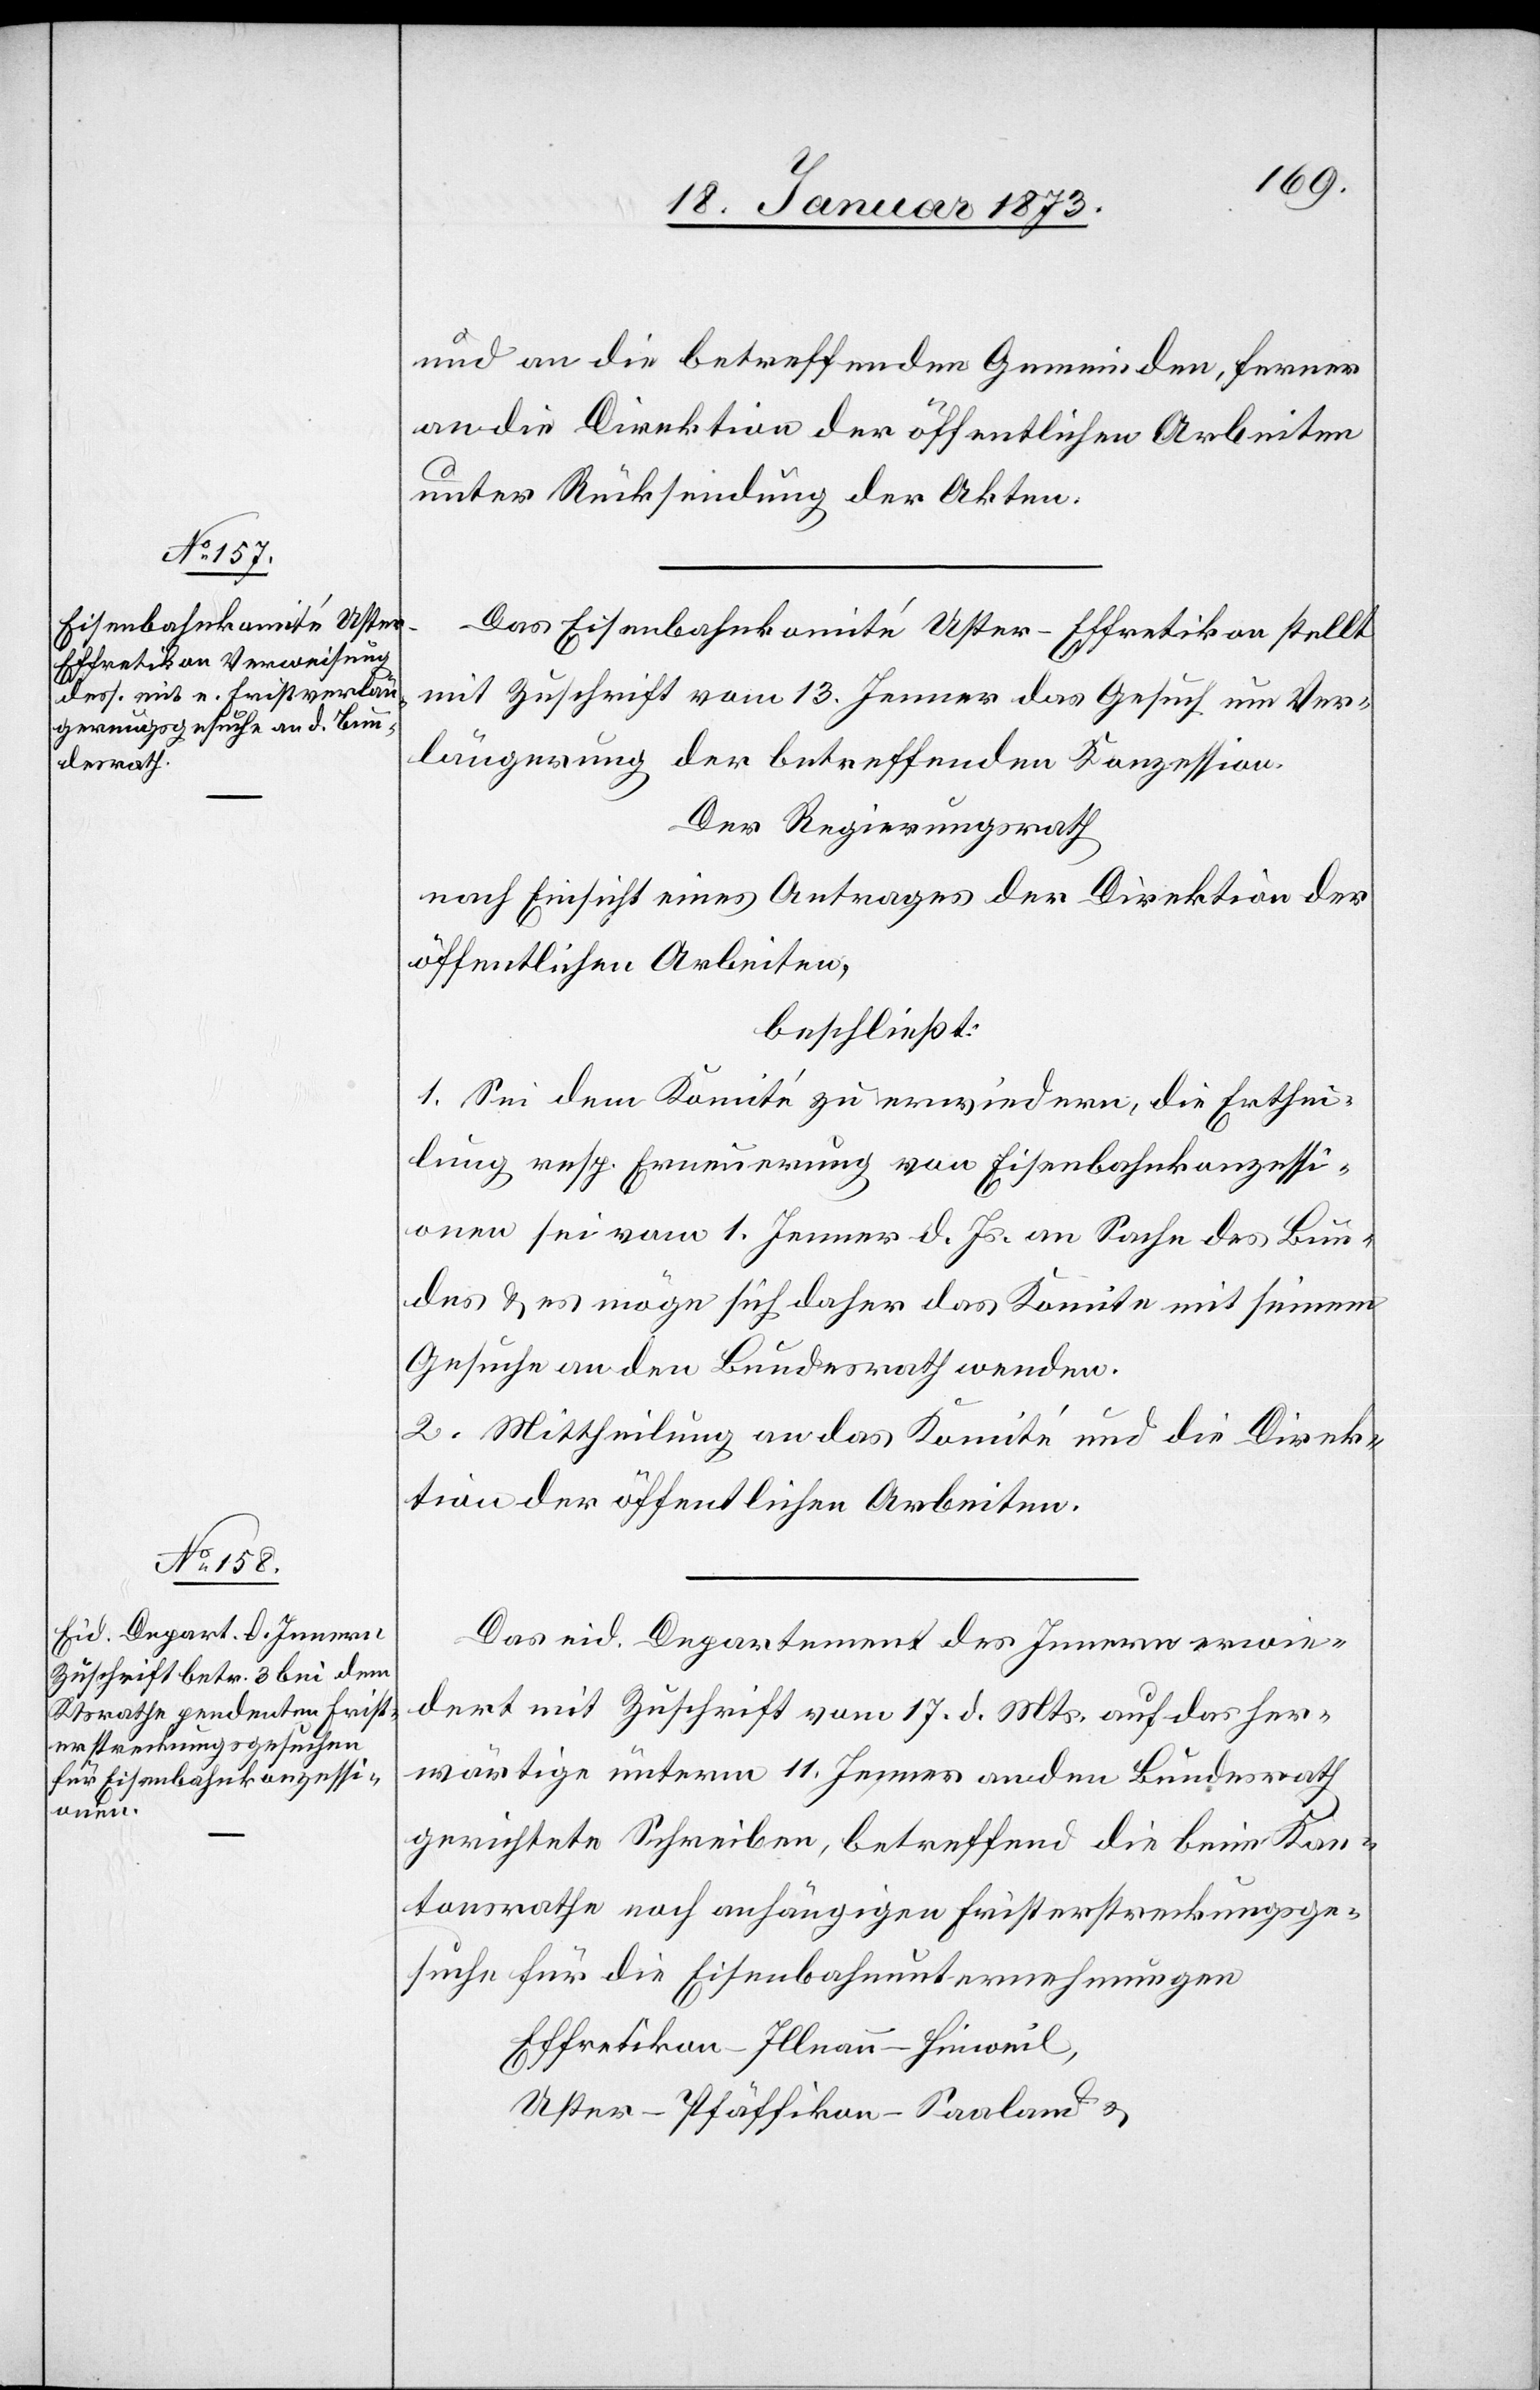
und die betreffenden Gemeinden, ferner
an die Direktion der öffentlichen Arbeiten
unter Rücksendung der Akten.
Das Eisenbahnkomité Uster–Effretikon stellt
mit Zuschrift vom 13. Jenner das Gesuch um Ver¬
längerung der betreffenden Konzession.
Der Regierungsrath
nach Einsicht eines Antrages der Direktion der
öffentlichen Arbeiten,
beschließt:
1. Sei dem Komité zu erwiedern, die Erthei¬
lung resp. Erneuerung von Eisenbahnkonzessi¬
onen sei vom 1. Jenner d. Js. an Sache des Bun¬
des u. es möge sich daher das Komite mit seinem
Gesuche an den Bundesrath wenden.
2. Mittheilung an das Komité und die Direk¬
tion der öffentlichen Arbeiten.
Das eid. Departement des Innern erwie¬
dert mit Zuschrift vom 17. d. Mts. auf das her¬
wärtige unterm 1. Jenner an den Bundesrath
gerichtete Schreiben, betreffend die beim Kan¬
tonsrathe noch anhängigen Fristerstreckungsge¬
suche für die Eisenbahnunternehmungen
Effretikon–Illnau–Hinweil,
Uster–Pfäffikon–Saaland u.